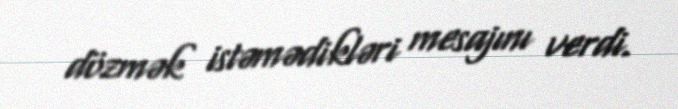
dözmək istəmədikləri mesajını verdi.